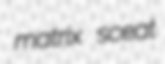
matrix sceat